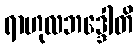
ရာဟုလဘဒ္ဒေါတိ